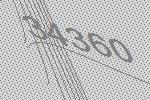
34360